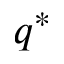
q ^ { * }